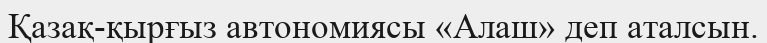
Қазақ-қырғыз автономиясы «Алаш» деп аталсын.